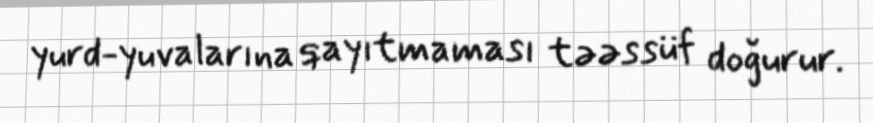
yurd-yuvalarına qayıtmaması təəssüf doğurur.